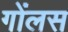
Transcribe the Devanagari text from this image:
गोंलस